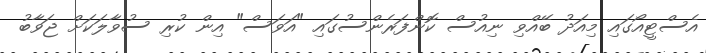
އެސްޓީއޯގައި މިއަދު ބޭއްވި ނިއުސް ކޮންފަރެންސުގައި "އަވަސް" އިން ކުރި ސުވާލަކަށް ޖަވާބު